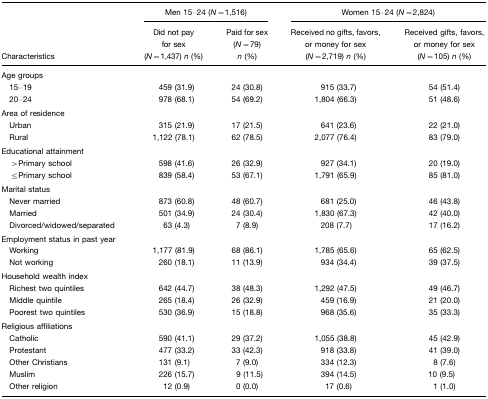
<table><thead><tr><td></td><td colspan="2"><b>Men 15–24 (<i>N</i>=1,516)</b></td><td colspan="2"><b>Women 15–24 (<i>N</i>=2,824)</b></td></tr><tr><td><b>Characteristics</b></td><td><b>Did not pay for sex(<i>N</i>=1,437) <i>n</i> (%)</b></td><td><b>Paid for sex(<i>N</i>=79) <i>n</i> (%)</b></td><td><b>Received no gifts, favors, or money for sex(<i>N</i>=2,719) <i>n</i> (%)</b></td><td><b>Received gifts, favors, or money for sex(<i>N</i>=105) <i>n</i> (%)</b></td></tr></thead><tbody><tr><td colspan="5">Age groups</td></tr><tr><td> 15–19</td><td>459 (31.9)</td><td>24 (30.8)</td><td>915 (33.7)</td><td>54 (51.4)</td></tr><tr><td> 20–24</td><td>978 (68.1)</td><td>54 (69.2)</td><td>1,804 (66.3)</td><td>51 (48.6)</td></tr><tr><td colspan="5">Area of residence</td></tr><tr><td> Urban</td><td>315 (21.9)</td><td>17 (21.5)</td><td>641 (23.6)</td><td>22 (21.0)</td></tr><tr><td> Rural</td><td>1,122 (78.1)</td><td>62 (78.5)</td><td>2,077 (76.4)</td><td>83 (79.0)</td></tr><tr><td colspan="5">Educational attainment</td></tr><tr><td> &gt;Primary school</td><td>598 (41.6)</td><td>26 (32.9)</td><td>927 (34.1)</td><td>20 (19.0)</td></tr><tr><td> ≤Primary school</td><td>839 (58.4)</td><td>53 (67.1)</td><td>1,791 (65.9)</td><td>85 (81.0)</td></tr><tr><td colspan="5">Marital status</td></tr><tr><td> Never married</td><td>873 (60.8)</td><td>48 (60.7)</td><td>681 (25.0)</td><td>46 (43.8)</td></tr><tr><td> Married</td><td>501 (34.9)</td><td>24 (30.4)</td><td>1,830 (67.3)</td><td>42 (40.0)</td></tr><tr><td> Divorced/widowed/separated</td><td>63 (4.3)</td><td>7 (8.9)</td><td>208 (7.7)</td><td>17 (16.2)</td></tr><tr><td colspan="5">Employment status in past year</td></tr><tr><td> Working</td><td>1,177 (81.9)</td><td>68 (86.1)</td><td>1,785 (65.6)</td><td>65 (62.5)</td></tr><tr><td> Not working</td><td>260 (18.1)</td><td>11 (13.9)</td><td>934 (34.4)</td><td>39 (37.5)</td></tr><tr><td colspan="5">Household wealth index</td></tr><tr><td> Richest two quintiles</td><td>642 (44.7)</td><td>38 (48.3)</td><td>1,292 (47.5)</td><td>49 (46.7)</td></tr><tr><td> Middle quintile</td><td>265 (18.4)</td><td>26 (32.9)</td><td>459 (16.9)</td><td>21 (20.0)</td></tr><tr><td> Poorest two quintiles</td><td>530 (36.9)</td><td>15 (18.8)</td><td>968 (35.6)</td><td>35 (33.3)</td></tr><tr><td colspan="5">Religious affiliations</td></tr><tr><td> Catholic</td><td>590 (41.1)</td><td>29 (37.2)</td><td>1,055 (38.8)</td><td>45 (42.9)</td></tr><tr><td> Protestant</td><td>477 (33.2)</td><td>33 (42.3)</td><td>918 (33.8)</td><td>41 (39.0)</td></tr><tr><td> Other Christians</td><td>131 (9.1)</td><td>7 (9.0)</td><td>334 (12.3)</td><td>8 (7.6)</td></tr><tr><td> Muslim</td><td>226 (15.7)</td><td>9 (11.5)</td><td>394 (14.5)</td><td>10 (9.5)</td></tr><tr><td> Other religion</td><td>12 (0.9)</td><td>0 (0.0)</td><td>17 (0.6)</td><td>1 (1.0)</td></tr></tbody></table>